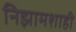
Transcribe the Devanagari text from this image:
निझामशाही